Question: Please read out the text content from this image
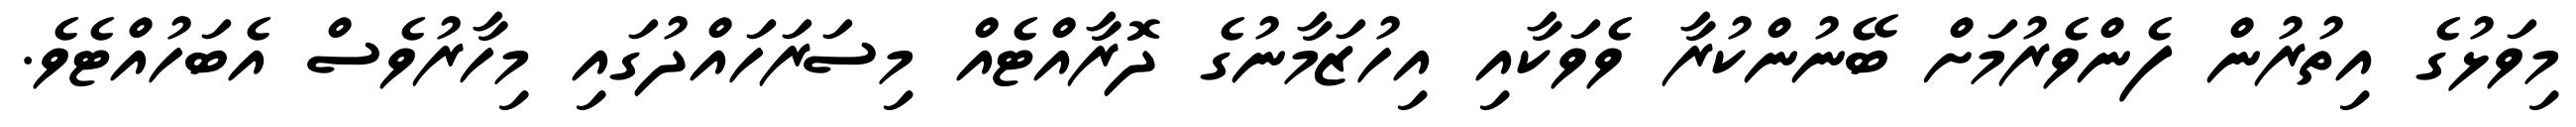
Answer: މިވަޅުގެ އިތުރުން ފެންވެރުމަށް ބޭނުންކުރާ ވެވަކާއި އިހުޒަމާނުގެ ދޮރާއްޓެއް މިސަރަހައްދުގައި މިހާރުވެސް އެބަހުއްޓެވެ.